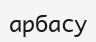
арбасу